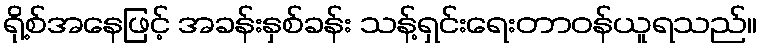
ရို့စ်အနေဖြင့် အခန်းနှစ်ခန်း သန့်ရှင်းရေးတာဝန်ယူရသည်။